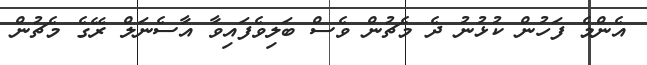
އެންމެ ފަހުން ކުޅުނު ދެ މެޗުން ވެސް ބަލިވެފައިވާ އާސެނަލް ރޭގެ މެޗުން